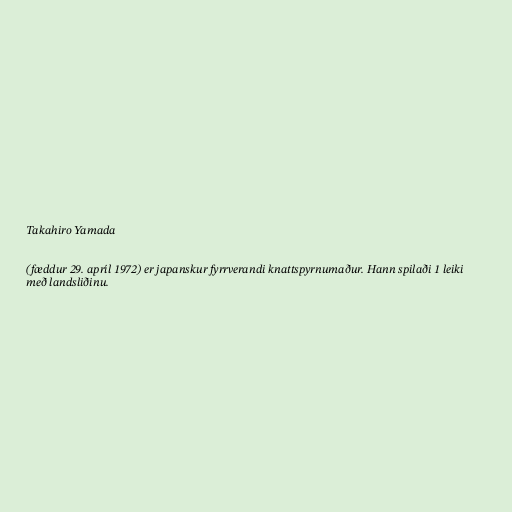
Takahiro Yamada

(fæddur 29. apríl 1972) er japanskur fyrrverandi knattspyrnumaður. Hann spilaði 1 leiki
með landsliðinu.